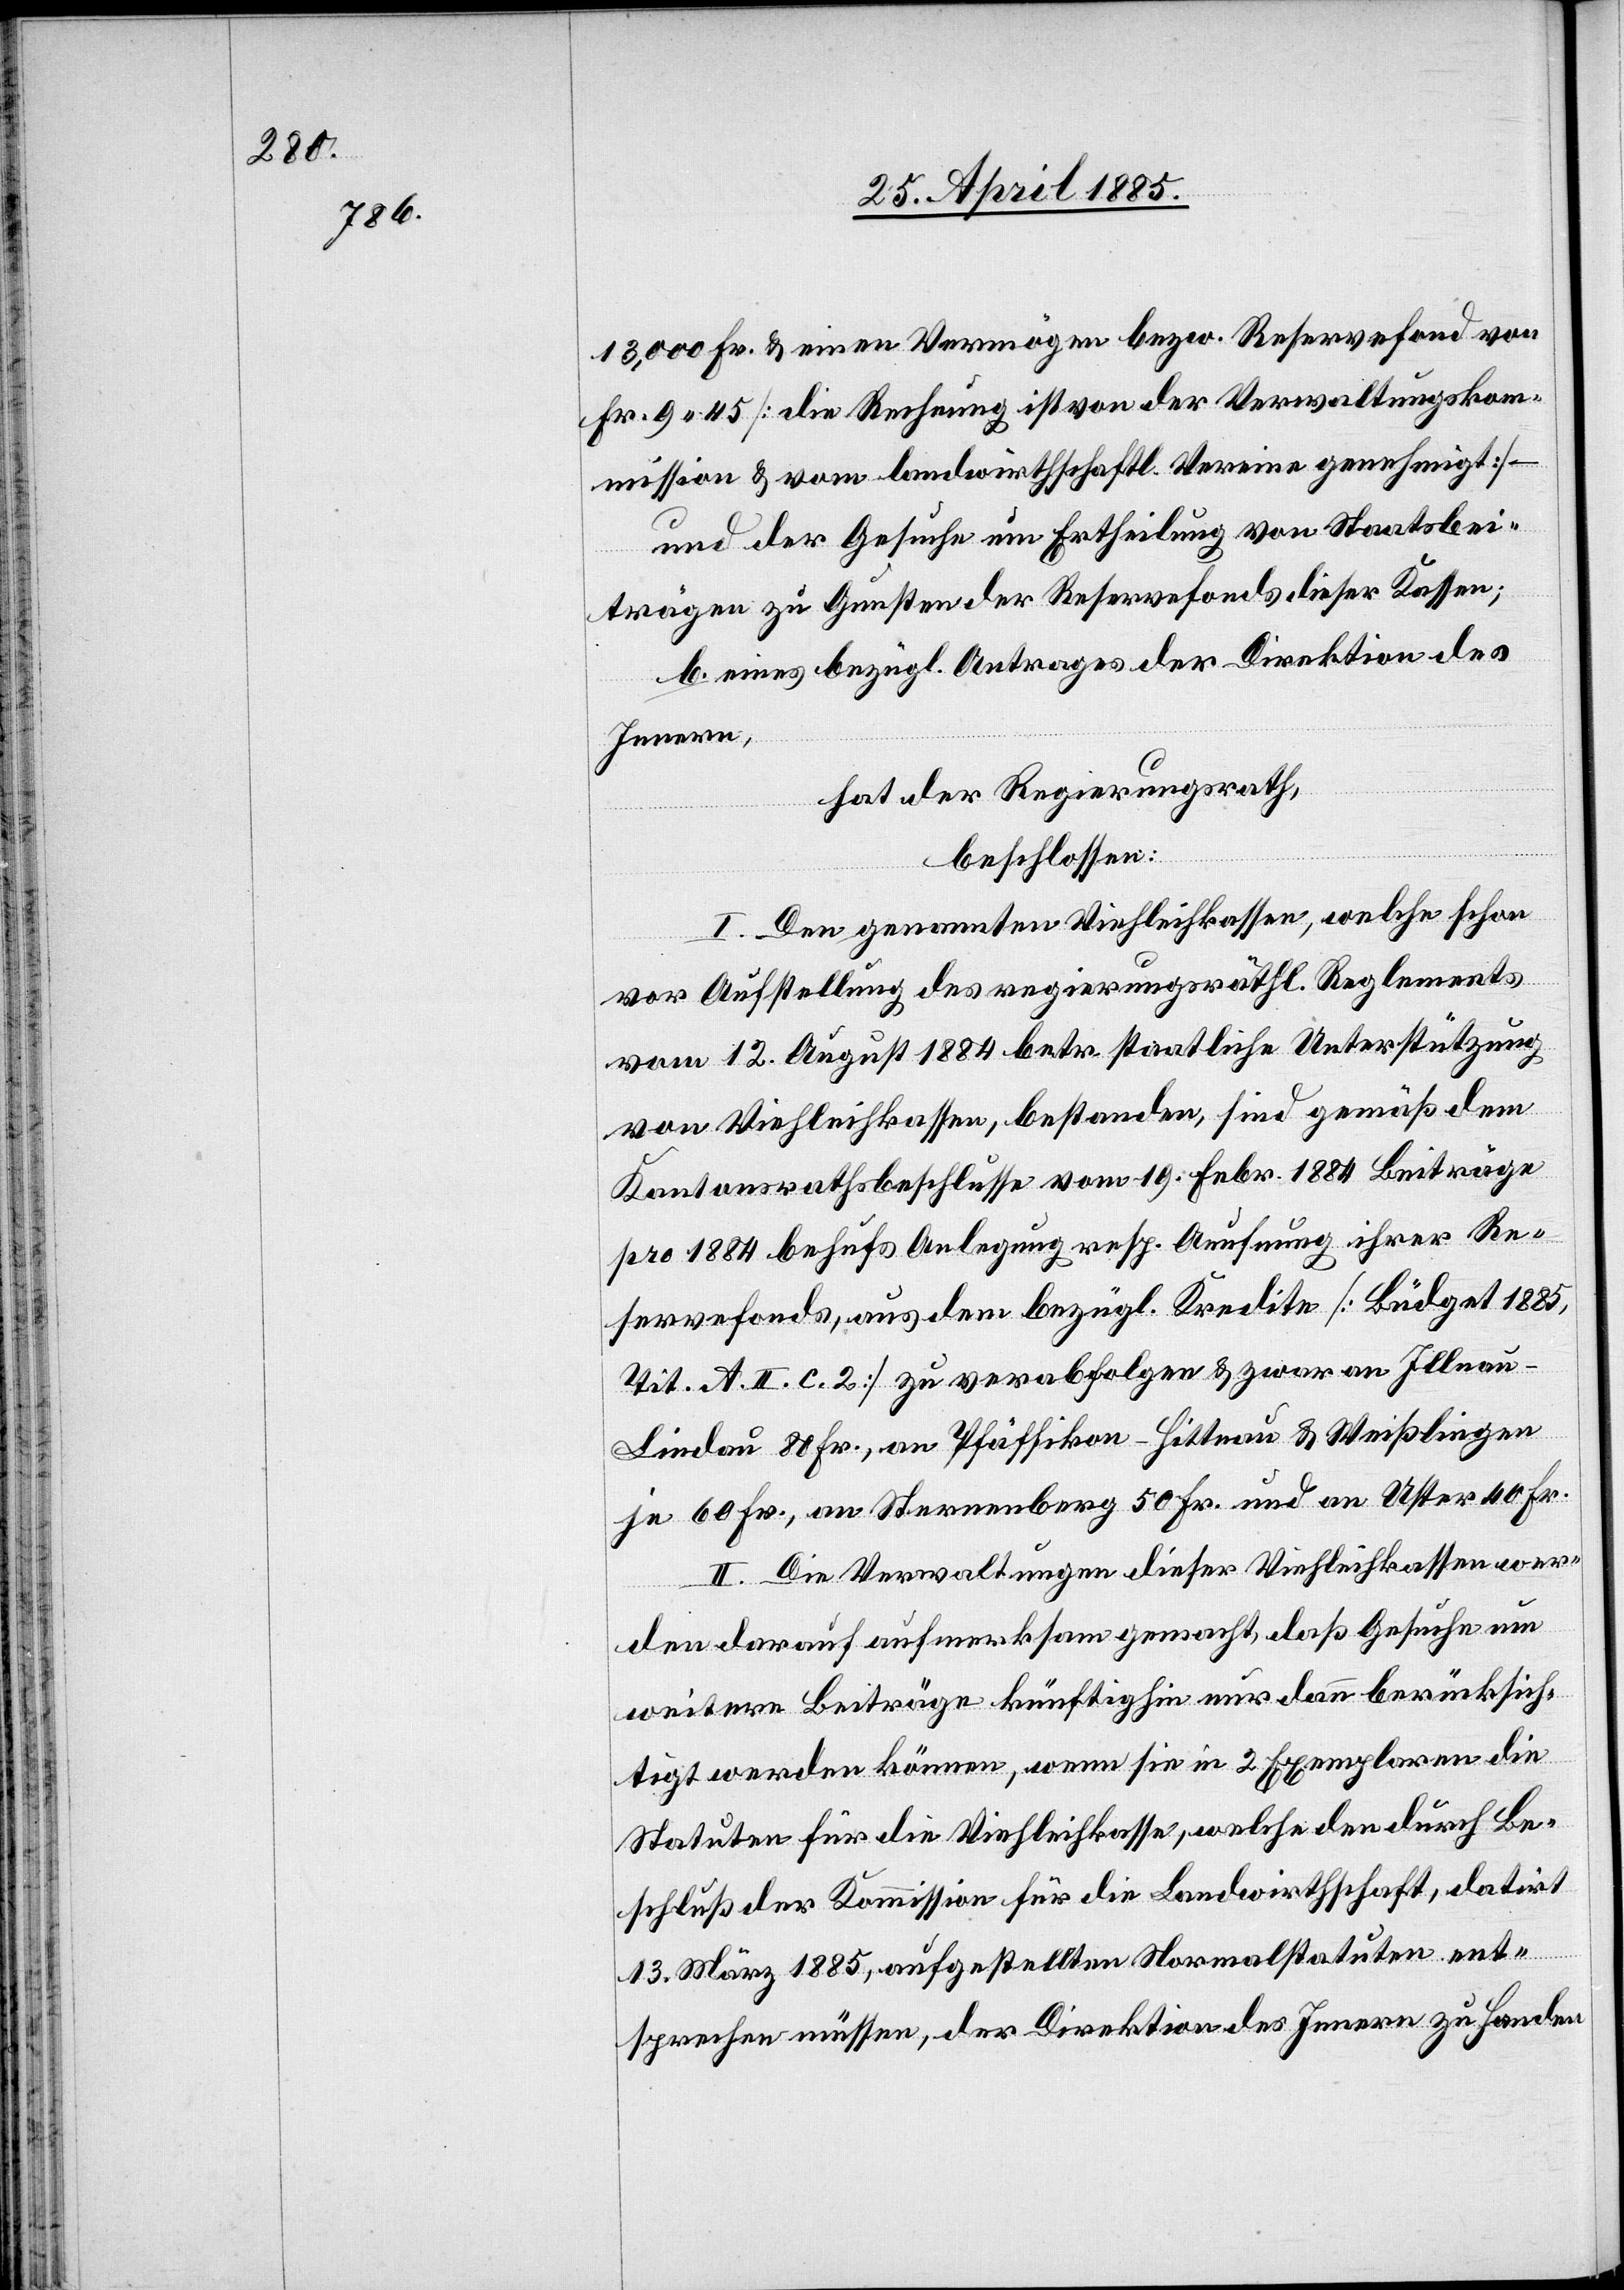
13,000 Fr. & einem Vermögen bezw. Reservefond von
Fr. 9 45 [die Rechnung ist von der Verwaltungskom¬
mission & vom landwirthschaftl. Vereine genehmigt] –
und der Gesuche um Ertheilung von Staatsbei¬
trägen zu Gunsten der Reservefonds dieser Kassen;
b. eines bezügl. Antrages der Direktion des
Innern,
hat der Regierungsrath,
beschlossen:
I. Den genannten Viehleihkassen, welche schon
vor Aufstellung des regierunsgräthl. Reglements
vom 12. August 1884 betr. staatliche Unterstützung
von Viehleihkassen, bestanden, sind gemäß dem
Kantonsrathsbeschlusse vom 19. Febr. 1884 Beiträge
pro 1884 behufs Anlegung resp. Anrechnung ihrer Re¬
servefonds, aus dem bezügl. Kredite [Büdget 1885,
Tit. A. II. c. 2] zu verabfolgen & zwar an Illnau
Lindau 80 Fr., an Pfäffikon - Hittnau & Weißlingen
je 60 Fr., an Sternenberg 50 Fr. und an Uster 40 Fr.
II. Die Verwaltungen dieser Viehleihkassen wer¬
den darauf aufmerksam gemacht, daß Gesuche um
weitere Beiträge künftighin nur dann berücksich¬
tigt werden können, wenn sie in 2 Exemplaren die
Statuten für die Viehleihkasse, welche den durch Be¬
schluß der Kommission für die Landwirthschaft, datirt
13. März 1885, aufgestellten Normalstatuten ent¬
sprechen müssen, der Direktion des Innern zu Handen